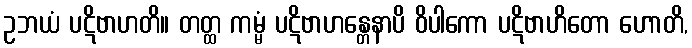
ဥဘယံ ပဋိဗာဟတိ။ တတ္ထ ကမ္မံ ပဋိဗာဟန္တေနာပိ ဝိပါကော ပဋိဗာဟိတော ဟောတိ,